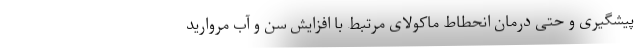
پیشگیری و حتی درمان انحطاط ماکولای مرتبط با افزایش سن و آب مروارید